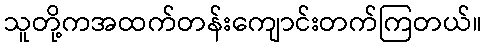
သူတို့ကအထက်တန်းကျောင်းတက်ကြတယ်။